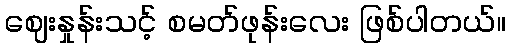
ဈေးနှုန်းသင့် စမတ်ဖုန်းလေး ဖြစ်ပါတယ်။